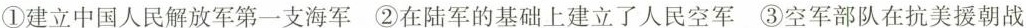
①建立中国人民解放军第一支海军 ②在陆军的基础上建立了人民空军③ 空军部队在抗美援朝战